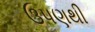
ઉપણથી